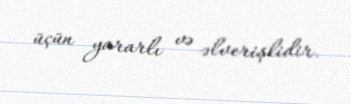
üçün yararlı və əlverişlidir.